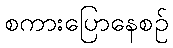
စကားပြောနေစဉ်